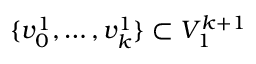
\{ v _ { 0 } ^ { 1 } , \ldots , v _ { k } ^ { 1 } \} \subset V _ { 1 } ^ { k + 1 }